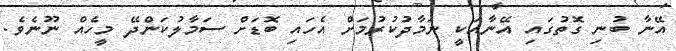
އޭނާ ބުނި ގޮތުގައި އޭނާއަކީ ނަމާދުކުރުމަށް އެހައި ބޮޑަށް ސަމާލުކަންދޭ މީހެއް ނޫނެވެ.